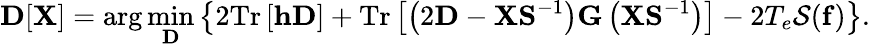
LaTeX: {\displaystyle{\mathbf D}[{\mathbf X}]=\arg\operatorname*{min}_{{\mathbf D}}\left\{ 2\mathrm{Tr}\left[{\mathbf h}{\mathbf D}\right]+\mathrm{Tr}\left[\left(2{\mathbf D}-{\mathbf X}{\mathbf S}^{-1}\right){\mathbf G}\left({\mathbf X}{\mathbf S}^{-1}\right)\right]-2T_{e}{\cal S}({\mathbf f})\right\} }.